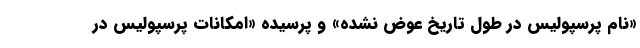
«نام پرسپولیس در طول تاریخ عوض نشده» و پرسیده «امکانات پرسپولیس در